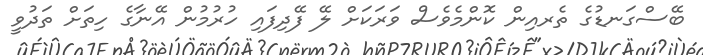
ބޭސްގަނޑުގެ ތެރއިން ކޮންމެވެސް ވަރަކަށް ލޭ ފޭދިފައި ހުރުމުން އޭނާގެ ހިތަށް ތަދުވީ